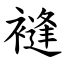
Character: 䙜